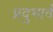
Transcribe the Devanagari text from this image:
प्रदुभार्व